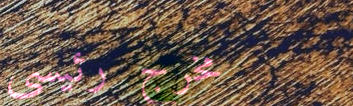
مخرج رئيسي